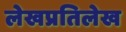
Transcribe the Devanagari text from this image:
लेखप्रतिलेख